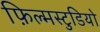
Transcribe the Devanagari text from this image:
फ़िल्मस्टुडियो